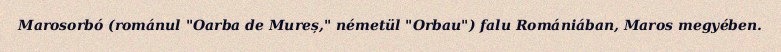
Marosorbó (románul "Oarba de Mureș," németül "Orbau") falu Romániában, Maros megyében.